Civil Veterinary Dept. North-West Frontier Province 1901-22 - 1901-1922
Year: 1901
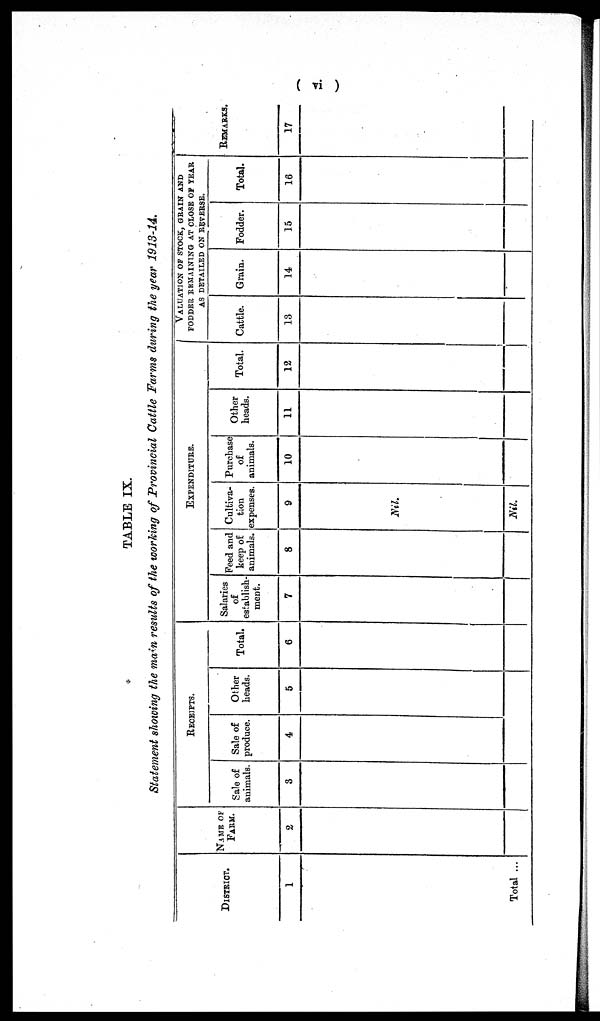
( vi )
TABLE IX.
Statement showing the main results of the working of Provincial Cattle Farms during the year 1913-14.
DISTRICT.
1
Total ...
NAME OF
FARM.
2
RECEIPTS.
Sale of
animals.
3
Sale of
produce.
4
Other
heads.
5
Total.
6
EXPENDITURE.
Salaries
of
establish-
ment.
7
Feed and
keep of
animals.
8
Cultiva-
tion
expenses.
9
Nil.
Nil.
Purchase
of
animals.
10
Other
heads.
11
Total.
12
VALUATION OF STOCK, GRAINS AND
FODDER REMAINING AT CLOSE OF YEAR
AS DETAILED ON REVERSE.
Cattle.
13
Grain.
14
Fodder.
15
Total.
16
REMARKS.
17